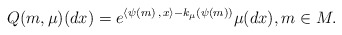
\begin{align*} Q(m,\mu)(dx)= e^{\langle \psi(m) \,,\, x\rangle-k_{\mu}(\psi(m))}\mu(dx), m\in M .\end{align*}